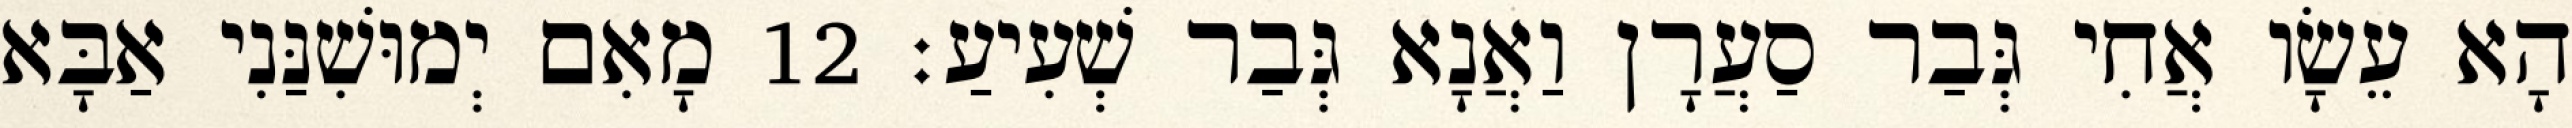
הָא עֵשָׂו אֲחִי גְּבַר סַעֲרָן וַאֲנָא גְּבַר שְׁעִיעַ׃ 12 מָאִם יְמוּשִׁנַּנִי אַבָּא